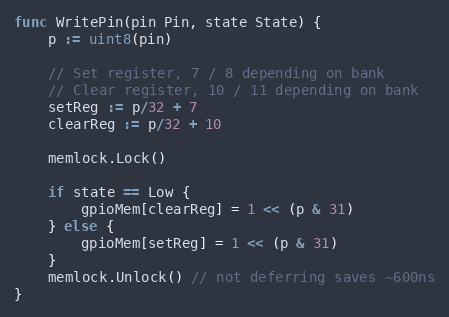
Language: Go
func WritePin(pin Pin, state State) {
	p := uint8(pin)

	// Set register, 7 / 8 depending on bank
	// Clear register, 10 / 11 depending on bank
	setReg := p/32 + 7
	clearReg := p/32 + 10

	memlock.Lock()

	if state == Low {
		gpioMem[clearReg] = 1 << (p & 31)
	} else {
		gpioMem[setReg] = 1 << (p & 31)
	}
	memlock.Unlock() // not deferring saves ~600ns
}